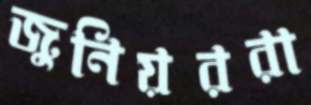
জুনিয়ররা